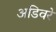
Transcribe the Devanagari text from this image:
अडिवरे